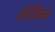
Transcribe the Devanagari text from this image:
ओरिकन